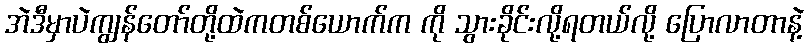
အဲဒီမှာပဲကျွန်တော်တို့ထဲကတစ်ယောက်က ကို သွားခိုင်းလို့ရတယ်လို့ ပြောလာတာနဲ့